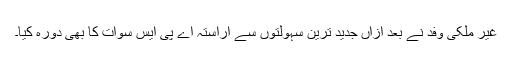
غیر ملکی وفد نے بعد ازاں جدید ترین سہولتوں سے آراستہ اے پی ایس سوات کا بھی دورہ کیا۔